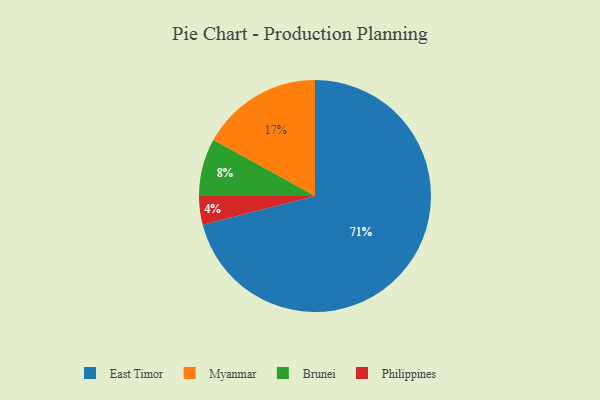
{"axis": {"x": "Category", "y": "Percentage"}, "legend": ["Brunei", "East Timor", "Myanmar", "Philippines"], "data": [{"x": "Myanmar", "y": 17, "type": "Myanmar"}, {"x": "East Timor", "y": 71, "type": "East Timor"}, {"x": "Philippines", "y": 4, "type": "Philippines"}, {"x": "Brunei", "y": 8, "type": "Brunei"}]}